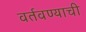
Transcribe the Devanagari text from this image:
वर्तवण्याची